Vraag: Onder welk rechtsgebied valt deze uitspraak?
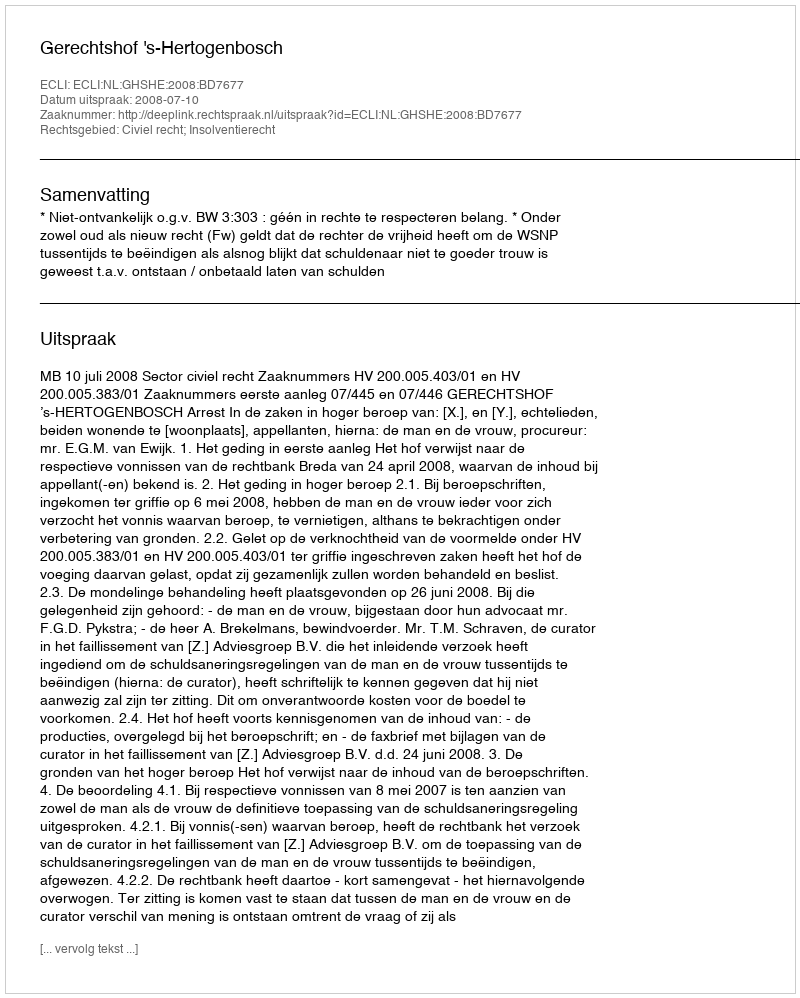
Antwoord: Civiel recht; Insolventierecht